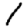
Digit: 1